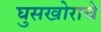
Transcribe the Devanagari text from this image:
घुसखोराचे